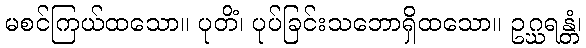
မစင်ကြယ်ထသော။ ပုတိံ၊ ပုပ်ခြင်းသဘောရှိထသော။ ဥဂ္ဃရန္တံ၊